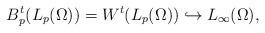
LaTeX: \begin{align*}B^t_p(L_p(\Omega)) =W^t(L_p(\Omega))\hookrightarrow L_\infty(\Omega),\end{align*}